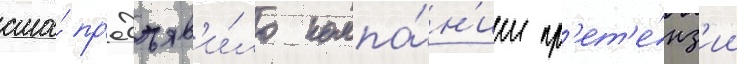
сша́ пр'едъяв'и́ло компа́н'ии пр'ет'е́нз'ии